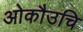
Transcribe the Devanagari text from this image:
ओकौउचि